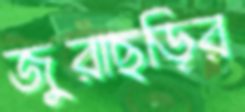
জুরাছড়ির